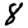
Digit: 8